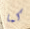
كما